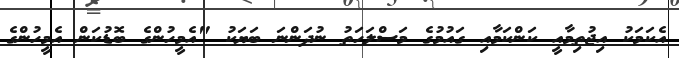
އެކަމަކު އިޖުތިމާއީ ކަންކަމާއި ގައުމުގެ މަސްލަހަތު ނުދަންނަ ބަޔަކު "އެމީހުންގެ ބޮޑުކަން އެމީހުންގެ